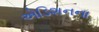
એડિશનના